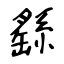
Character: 繇